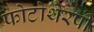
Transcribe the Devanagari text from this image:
फोटोथेरपी